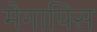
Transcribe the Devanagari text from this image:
मेगापिस